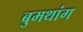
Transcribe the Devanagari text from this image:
बुमथांग